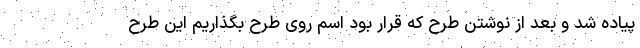
پیاده شد و بعد از نوشتن طرح که قرار بود اسم روی طرح بگذاریم این طرح